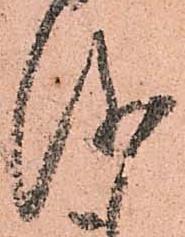
儀